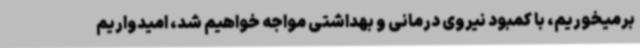
برمیخوریم، با کمبود نیروی درمانی و بهداشتی مواجه خواهیم شد، امیدواریم